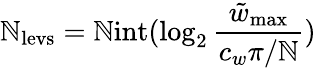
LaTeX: \mathbb{N}_{\mathrm{{levs}}}=\mathrm{{\mathbb{N}int}}(\log_{2}\frac{{\tilde{{w}}_{\mathrm{{max}}}}}{{c_{w}\pi/\mathbb{N}}})